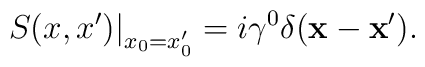
\left. S(x,x')\right |_{x_0=x'_0}=i\gamma^0 \delta({\bf x}-{\bf x}').